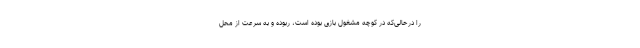
را درحالی‌که در کوچه مشغول بازی بوده است، ربوده و به سرعت از محل